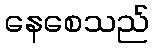
နေစေသည်